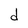
Character: d